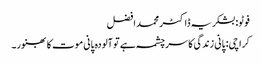
فوٹو: بشکریہ ڈاکٹر محمد افضل
کراچی: پانی زندگی کا سرچشمہ ہے تو آلودہ پانی موت کا بھنور۔